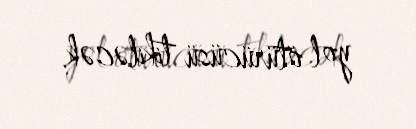
yol ötürücüsü tikiləcək.